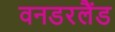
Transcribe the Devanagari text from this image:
वनडरलैंड